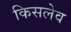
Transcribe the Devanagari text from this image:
किसलेव